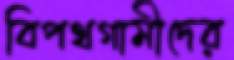
বিপথগামীদের